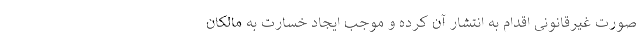
صورت غیرقانونی اقدام به انتشار آن کرده و موجب ایجاد خسارت به مالکان